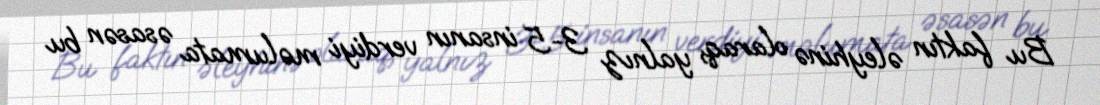
Bu faktın əleyhinə olaraq, yalnız 3-5 insanın verdiyi məlumata əsasən bu